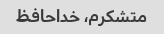
متشکرم، خداحافظ